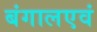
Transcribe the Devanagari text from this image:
बंगालएवं